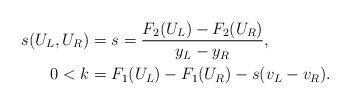
\begin{align*}s_{}(U_L,U_R)&=s=\frac{F_2(U_L)-F_2(U_R)}{y_{L}-y_{R}}, \\0<k&=F_1(U_L)-F_1(U_R)-s(v_{L}-v_{R}).\end{align*}